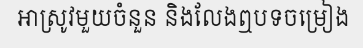
អាស្រូវមួយចំនួន និងលែងឮបទចម្រៀង